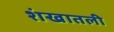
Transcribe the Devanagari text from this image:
शंखातली